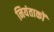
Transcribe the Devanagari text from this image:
नियंताकों